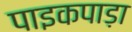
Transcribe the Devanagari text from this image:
पाइकपाड़ा